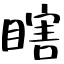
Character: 瞎